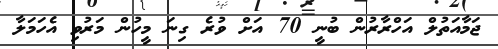
ޖަމާއަތުލް އަހްރާރުން ބުނީ 70 އަށް ވުރެ ގިނަ މީހުން މަރުވި އެހަމަލާ